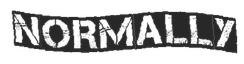
NORMALLY